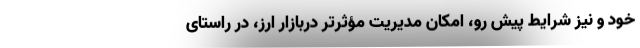
خود و نیز شرایط پیش رو، امکان مدیریت مؤثرتر دربازار ارز، در راستای